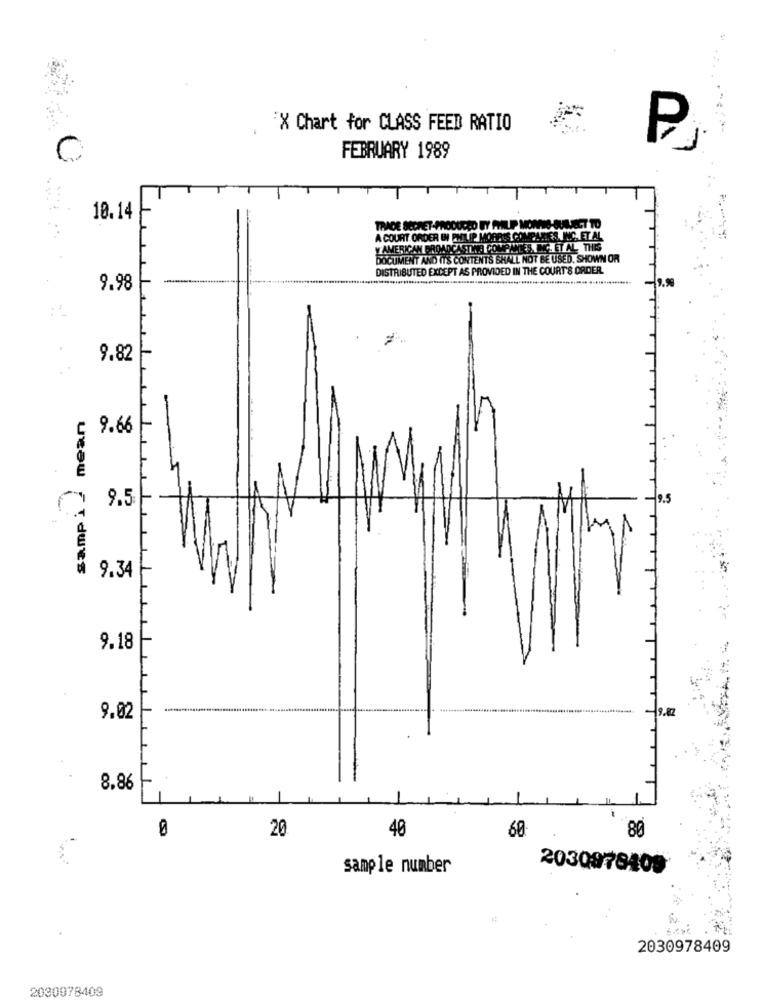
NO
.
X Chart for CLASS FEED RATIO
FEBRUARY 1989
10.14
TRADE SECRET-PRODUCED BY PHILIPP MOMME-QUALJECT TO
A COURT ORDER IN PHILIP MORRIS COMEAMLES, INC. ET AL
Y AMERICAN BROADCASTVIA COMPANIES, INC. ET AL. THIS
DOCUMENT AND IT'S CONTENTS SHALL NOT BE USED, SHOWN OR
DISTRIBUTED EXCEPT AS PROVIDED IN THE COURT'S ORDER.
9.98
9.82
mean
9.66
Samp 1 2
9.5
9.5
1
9.34
9.18
-
9.82
9.02
8.86
20
60
80
40
sample number
2030978409
2030978409
2030978409